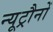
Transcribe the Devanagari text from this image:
न्यूट्रौनों